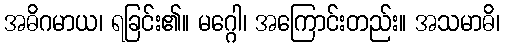
အဓိဂမာယ၊ ရခြင်း၏။ မဂ္ဂေါ၊ အကြောင်းတည်း။ အသမာဓိ၊